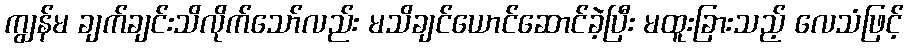
ကျွန်မ ချက်ချင်းသိလိုက်သော်လည်း မသိချင်ယောင်ဆောင်ခဲ့ပြီး မထူးခြားသည့် လေသံဖြင့်